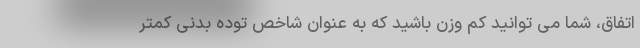
اتفاق، شما می توانید کم وزن باشید که به عنوان شاخص توده بدنی کمتر